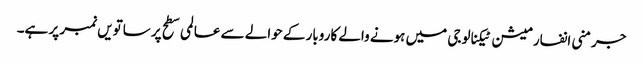
جرمنی انفارمیشن ٹیکنالوجی میں ہونے والے کاروبار کے حوالے سے عالمی سطح پر ساتویں نمبر پر ہے۔